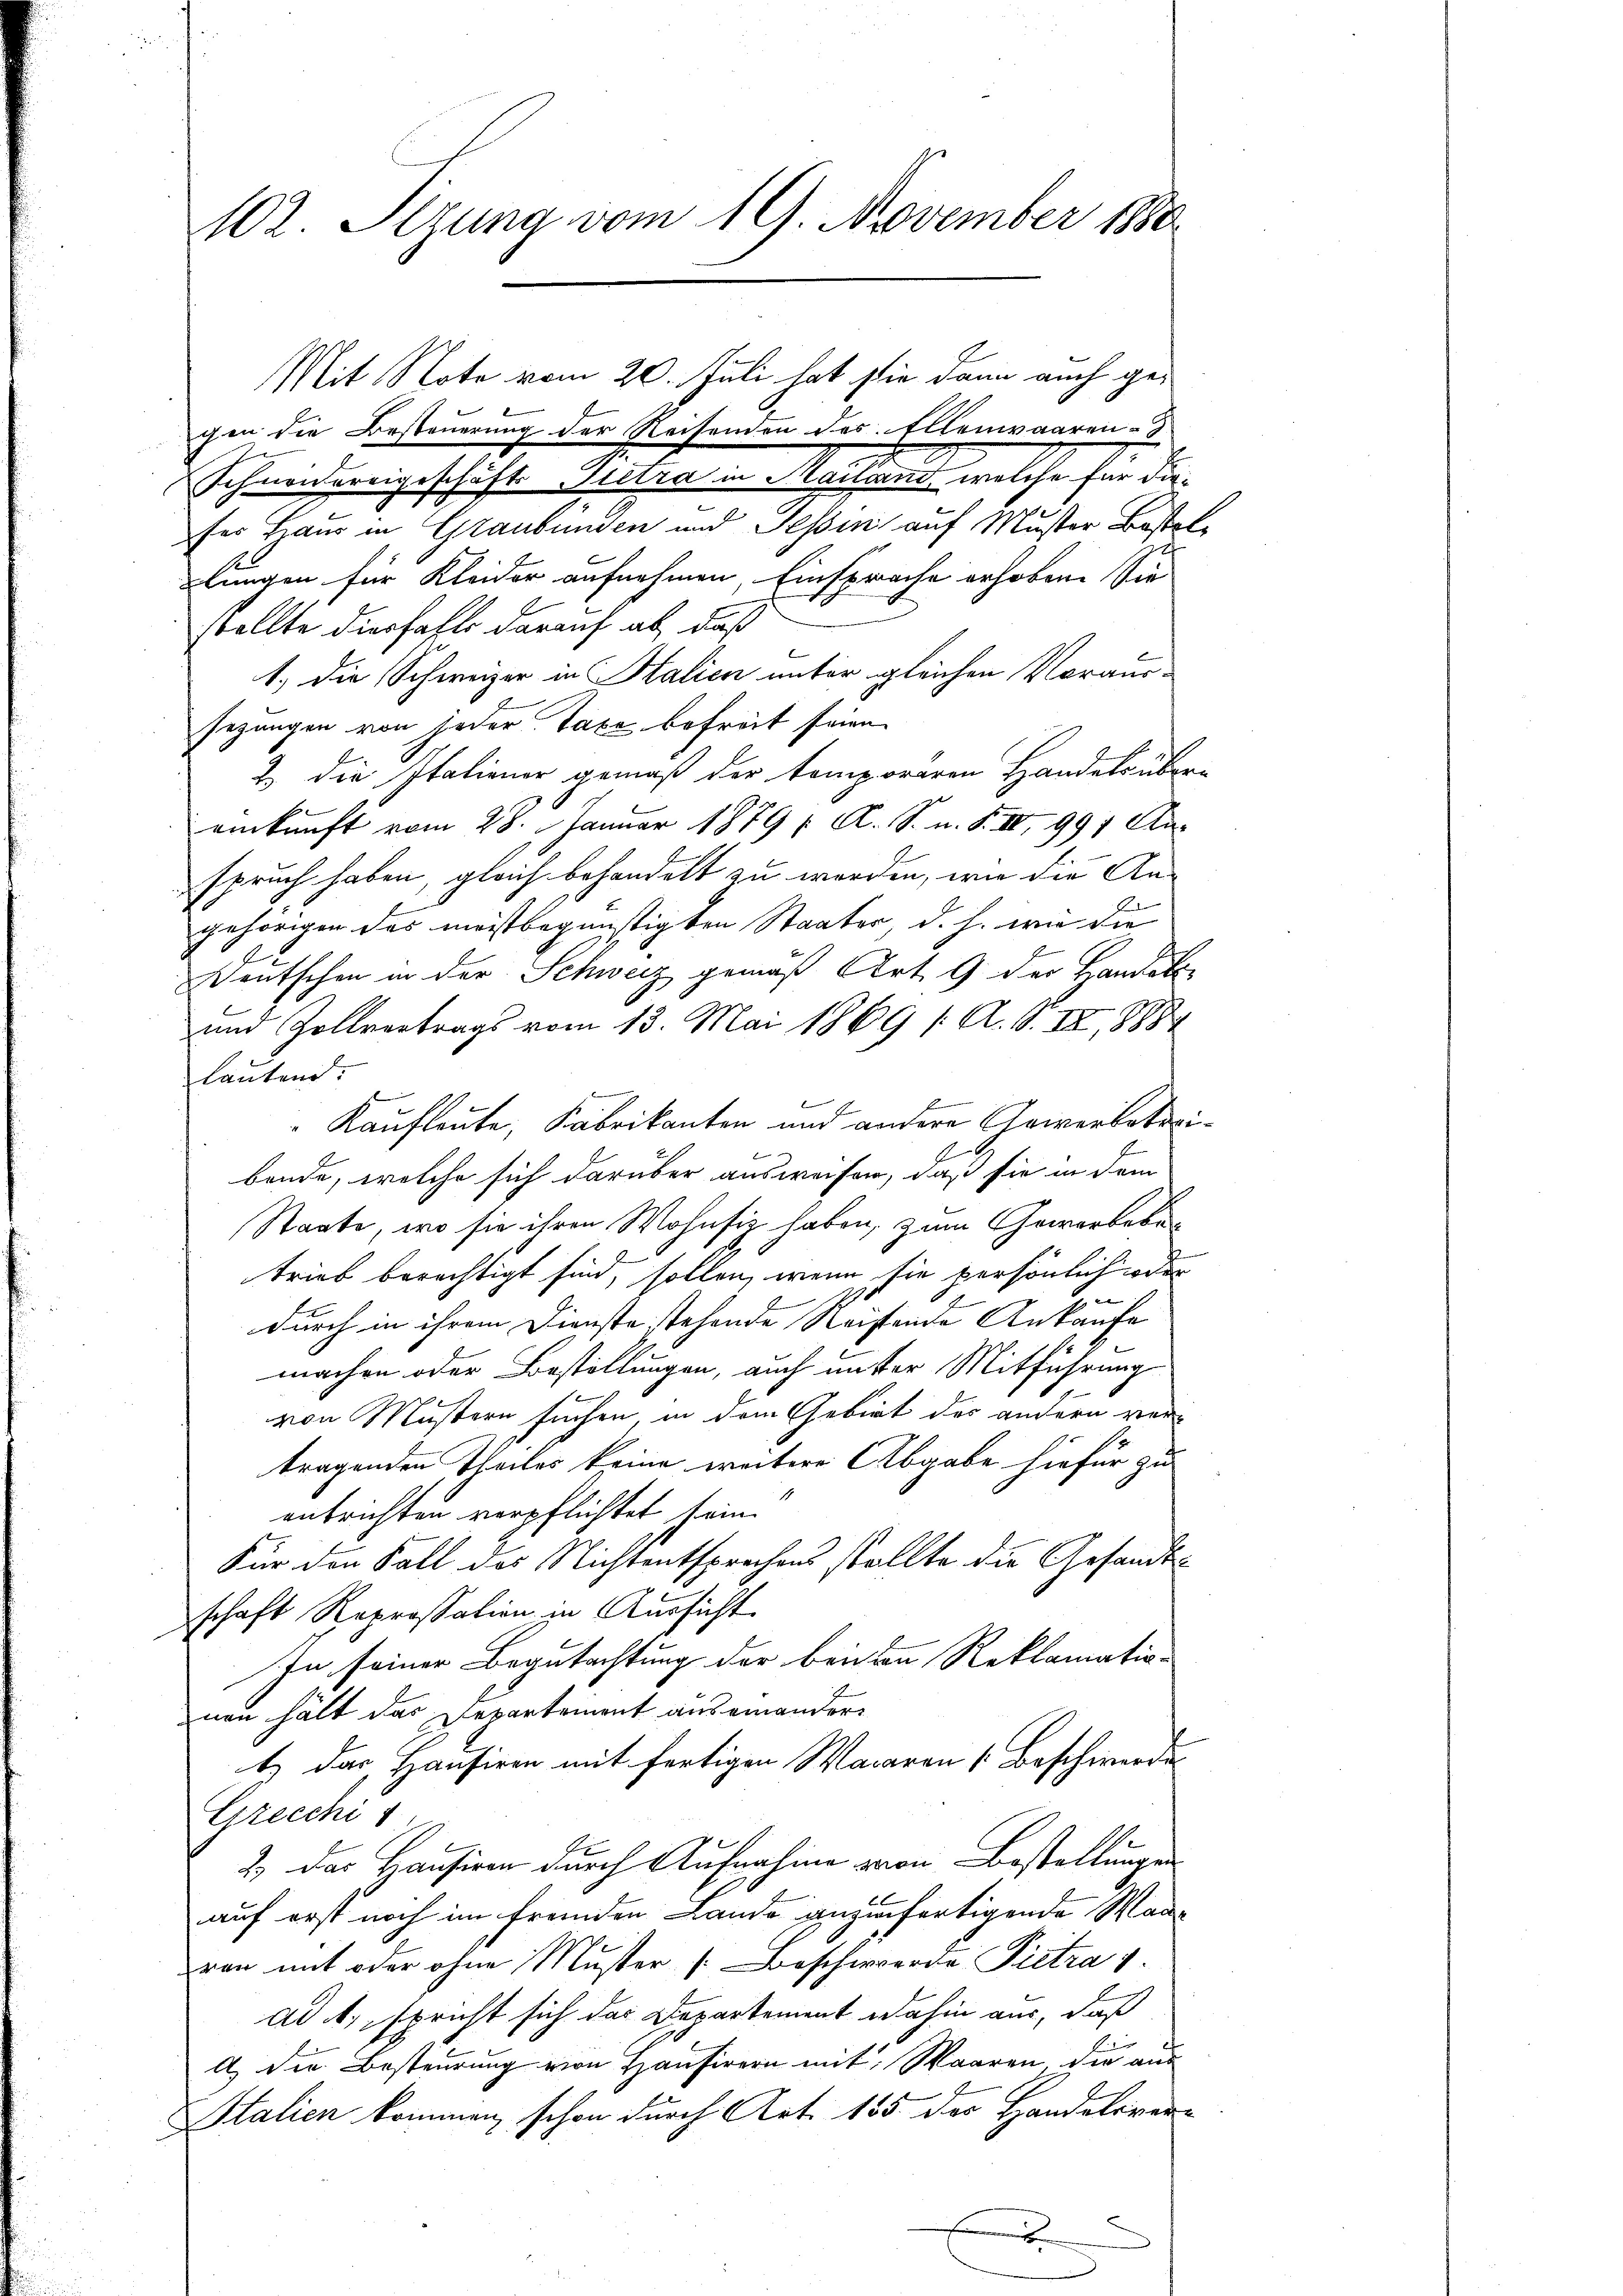
102. Sizung vom 19. November 1880

Mit Note vom 20. Juli hat sie dann auch gegen die Besteuerung der Reisenden des Ellenwaaren-
Schneidereigeschäft Gestra in Sachend, welche für dieser Hand in Graubünden und Teßin auf Muster Bestellungen für Kleider aufnehmen, Einsprache erhoben. Sie
stellte diesfalls darauf ab, daß
1.) Die Schweizer in Halien unter gleichen Voraus-
sezungen von jeder Taxe befreit seien.
2) die Italiener gemäß der temporaren Handels über-
einkunft vom 28. Januar 1879 / A. S. n. F. III 997 Aaspruch haben, gleich behandelt zu werden, wie die An-
gehörigen das meistbegünstigten Staater d. h. wie die
Deutschen in der Schweiz gemäß Art. 9 der Handelte
und Zollvertrags vom 13. Mai 1869 / A. S. III, 18884
lautend.
f
Kaufleute, Fabrikanten und andere Gewerbetreibande, welche sich darüber ausweisen, daß sie in dem
Staate, wo sie ihren Wohnsiz haben, zum Gewerbeben
trieb berechtigt sind, sollen, wenn sie persönlich oder
durch in ihrem Dienste stehende Reistende Ankaufe
machen oder Bestellungen, auch unter Mitführung
von Mustern suchen, in dem Gebiet des andern ver-
tragenden Theiles keine weitere Abgabe hiefür zu
entrichten verpflichtet sein.
Für den Fall des Nichtentsprechens stellte die Gesandts
schaft Reprossation in Aussicht
In seiner Begutachtung der beiten Reklamationen hält das Departement auseinander
1.) Das Hausiren mit fertigen Waaren Beschwerde
Grecchi
2.) Das Hausiren durch Aufnahme von Bestellungen
auf erst noch im fremden Lande anzufertigende Wanran mit oder ohne Muster /: Beschwerde Pietra 1.
ad 4., spricht sich das Departement dahin aus, daß
a) die Besteurung von Hausirern mit Waaren, die aus
Italien kommen, schon durch Art. 155 der Handelsver-